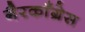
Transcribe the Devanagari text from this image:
गैरकाँग्रेस